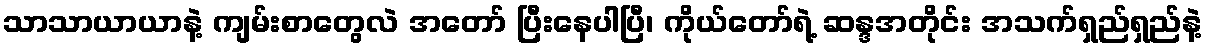
သာသာယာယာနဲ့ ကျမ်းစာတွေလဲ အတော် ပြီးနေပါပြီ၊ ကိုယ်တော်ရဲ့ ဆန္ဒအတိုင်း အသက်ရှည်ရှည်နဲ့